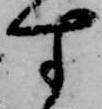
す